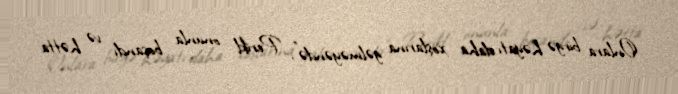
Onlara birgə həyatı daha xoşlarına gəlməyəndə", Perikl onunla boşandı və hətta